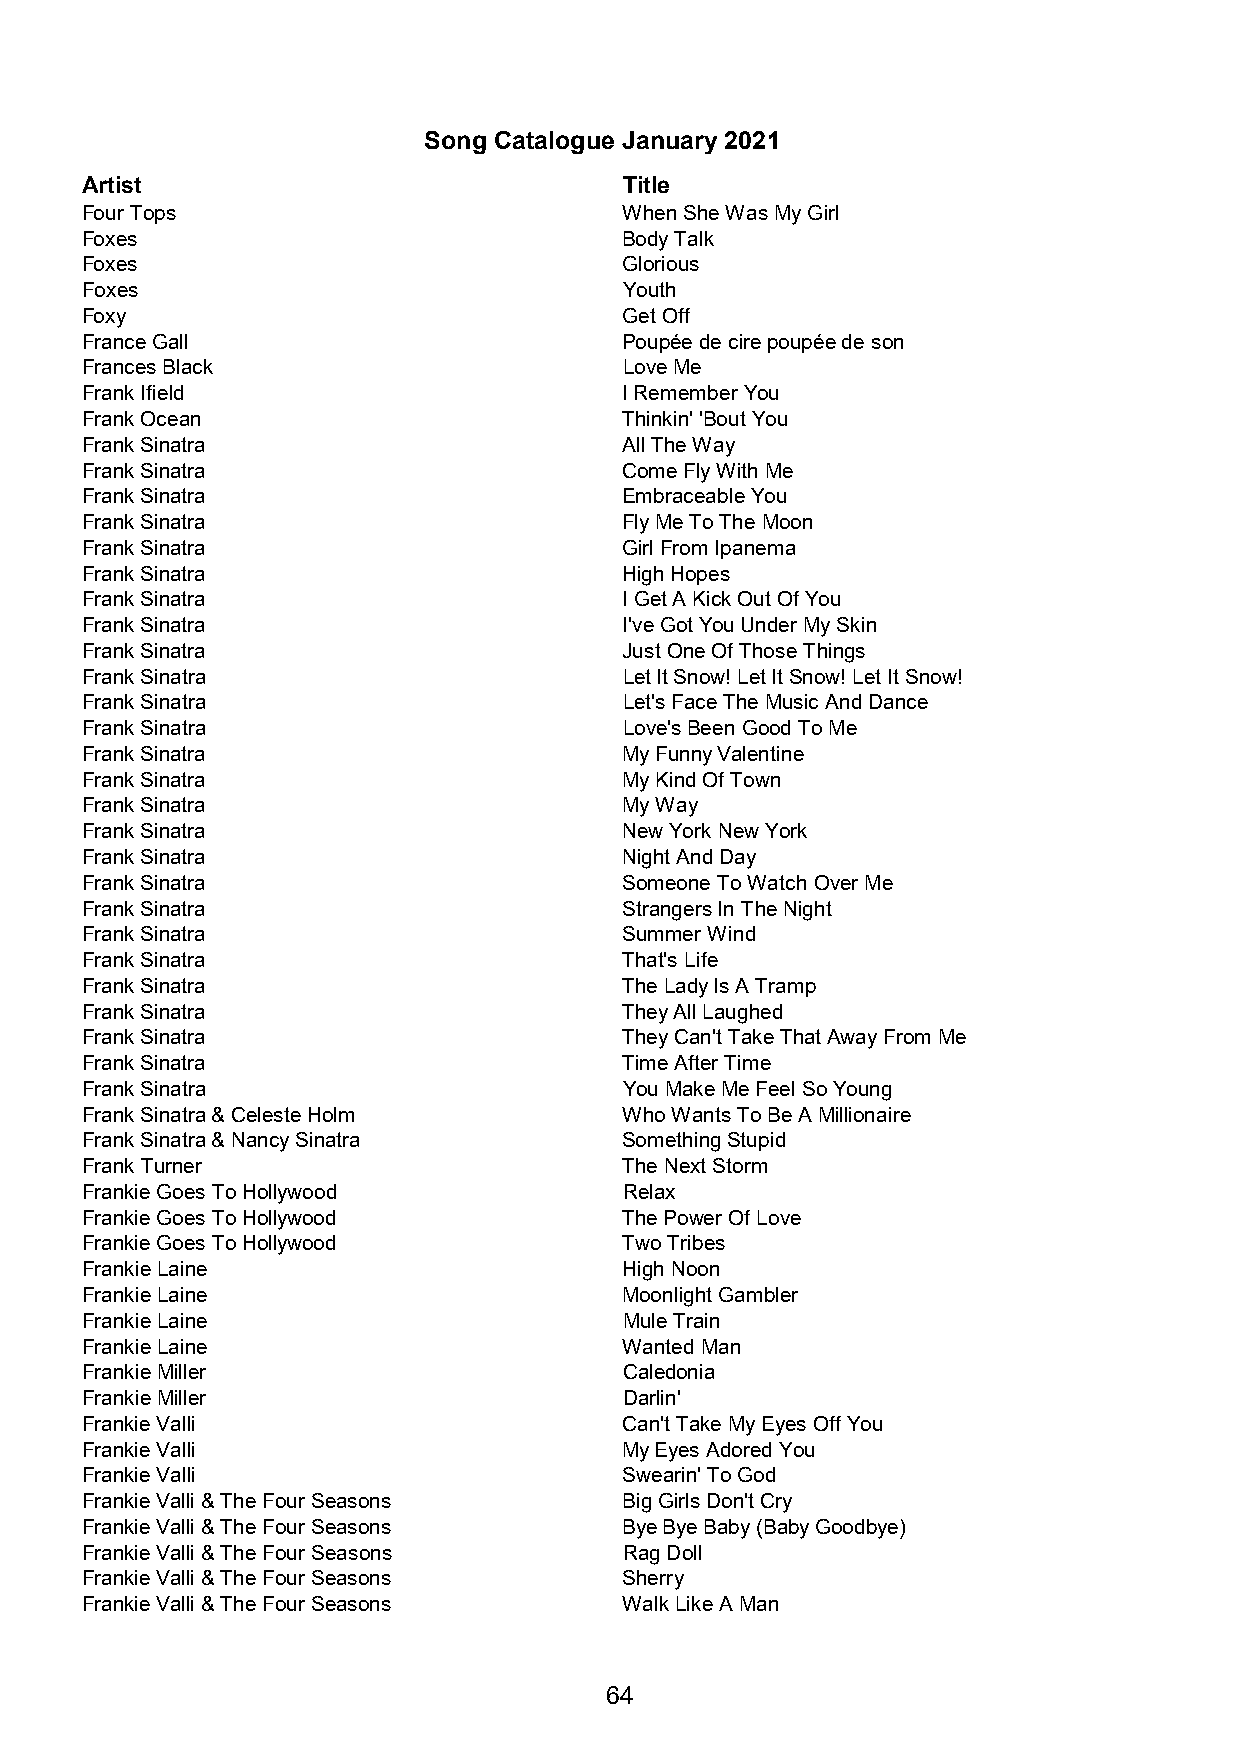
Song Catalogue January 2021
 Artist                              Title
 Four Tops                           When She Was My Girl
 Foxes                               Body Talk
 Foxes                               Glorious
 Foxes                               Youth
 Foxy                                Get Off
 France Gall                         Poupée de cire poupée de son
 Frances Black                       Love Me
 Frank Ifield                        I Remember You
 Frank Ocean                         Thinkin' 'Bout You
 Frank Sinatra                       All The Way
 Frank Sinatra                       Come Fly With Me
 Frank Sinatra                       Embraceable You
 Frank Sinatra                       Fly Me To The Moon
 Frank Sinatra                       Girl From Ipanema
 Frank Sinatra                       High Hopes
 Frank Sinatra                       I Get A Kick Out Of You
 Frank Sinatra                       I've Got You Under My Skin
 Frank Sinatra                       Just One Of Those Things
 Frank Sinatra                       Let It Snow! Let It Snow! Let It Snow!
 Frank Sinatra                       Let's Face The Music And Dance
 Frank Sinatra                       Love's Been Good To Me
 Frank Sinatra                       My Funny Valentine
 Frank Sinatra                       My Kind Of Town
 Frank Sinatra                       My Way
 Frank Sinatra                       New York New York
 Frank Sinatra                       Night And Day
 Frank Sinatra                       Someone To Watch Over Me
 Frank Sinatra                       Strangers In The Night
 Frank Sinatra                       Summer Wind
 Frank Sinatra                       That's Life
 Frank Sinatra                       The Lady Is A Tramp
 Frank Sinatra                       They All Laughed
 Frank Sinatra                       They Can't Take That Away From Me
 Frank Sinatra                       Time After Time
 Frank Sinatra                       You Make Me Feel So Young
 Frank Sinatra & Celeste Holm        Who Wants To Be A Millionaire
 Frank Sinatra & Nancy Sinatra       Something Stupid
 Frank Turner                        The Next Storm
 Frankie Goes To Hollywood           Relax
 Frankie Goes To Hollywood           The Power Of Love
 Frankie Goes To Hollywood           Two Tribes
 Frankie Laine                       High Noon
 Frankie Laine                       Moonlight Gambler
 Frankie Laine                       Mule Train
 Frankie Laine                       Wanted Man
 Frankie Miller                      Caledonia
 Frankie Miller                      Darlin'
 Frankie Valli                       Can't Take My Eyes Off You
 Frankie Valli                       My Eyes Adored You
 Frankie Valli                       Swearin' To God
 Frankie Valli & The Four Seasons    Big Girls Don't Cry
 Frankie Valli & The Four Seasons    Bye Bye Baby (Baby Goodbye)
 Frankie Valli & The Four Seasons    Rag Doll
 Frankie Valli & The Four Seasons    Sherry
 Frankie Valli & The Four Seasons    Walk Like A Man
 64